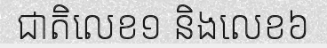
ជាតិលេខ១ និងលេខ៦